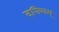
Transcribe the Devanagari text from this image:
दत्तिलम्‌